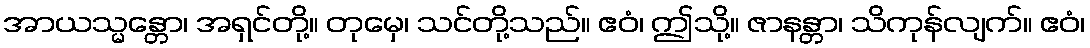
အာယသ္မန္တော၊ အရှင်တို့။ တုမှေ၊ သင်တို့သည်။ ဧဝံ၊ ဤသို့။ ဇာနန္တာ၊ သိကုန်လျက်။ ဧဝံ၊